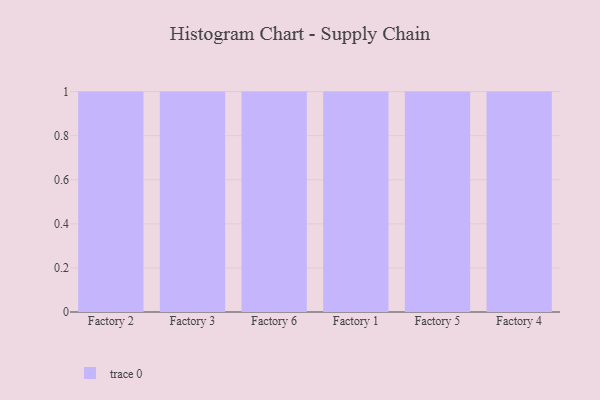
{"axis": {"x": "Factory", "y": "Shipments"}, "legend": [""], "data": [{"x": "Factory 2", "y": 31, "type": ""}, {"x": "Factory 3", "y": 64, "type": ""}, {"x": "Factory 6", "y": 82, "type": ""}, {"x": "Factory 1", "y": 97, "type": ""}, {"x": "Factory 5", "y": 6, "type": ""}, {"x": "Factory 4", "y": 3, "type": ""}]}